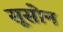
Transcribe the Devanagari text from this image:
सूसोन